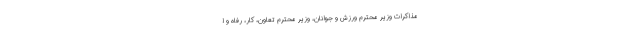
مذاکرات وزیر محترم ورزش و جوانان، وزیر محترم تعاون، کار، رفاه و ا